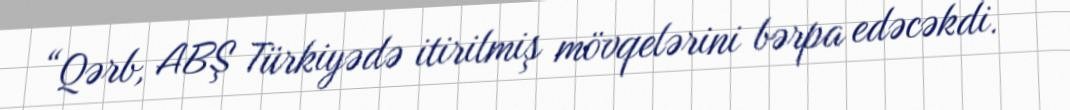
“Qərb, ABŞ Türkiyədə itirilmiş mövqelərini bərpa edəcəkdi.